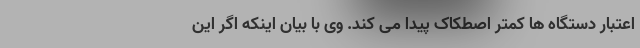
اعتبار دستگاه ها کمتر اصطکاک پیدا می کند. وى با بیان اینکه اگر این